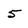
Character: 5